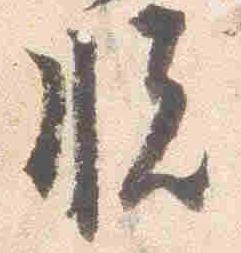
脱